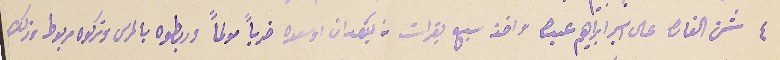
٤ شن الغارة على اسبر ابراهيم عبده واخذ سبع بقرات منه بعد  ان اوسعوه ضرباً مولماً وربطوه بالمرس وتركوه مربوط وذلك